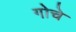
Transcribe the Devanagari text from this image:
गोचे